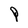
Character: P